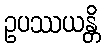
ဥပဿယန္တိ